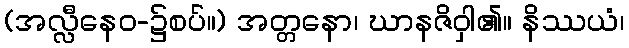
(အလ္လီနေဝ-၌စပ်။) အတ္တနော၊ ဃာနဇိဝှါ၏။ နိဿယံ၊